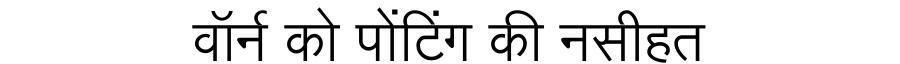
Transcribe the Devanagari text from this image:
वॉर्न को पोंटिंग की नसीहत